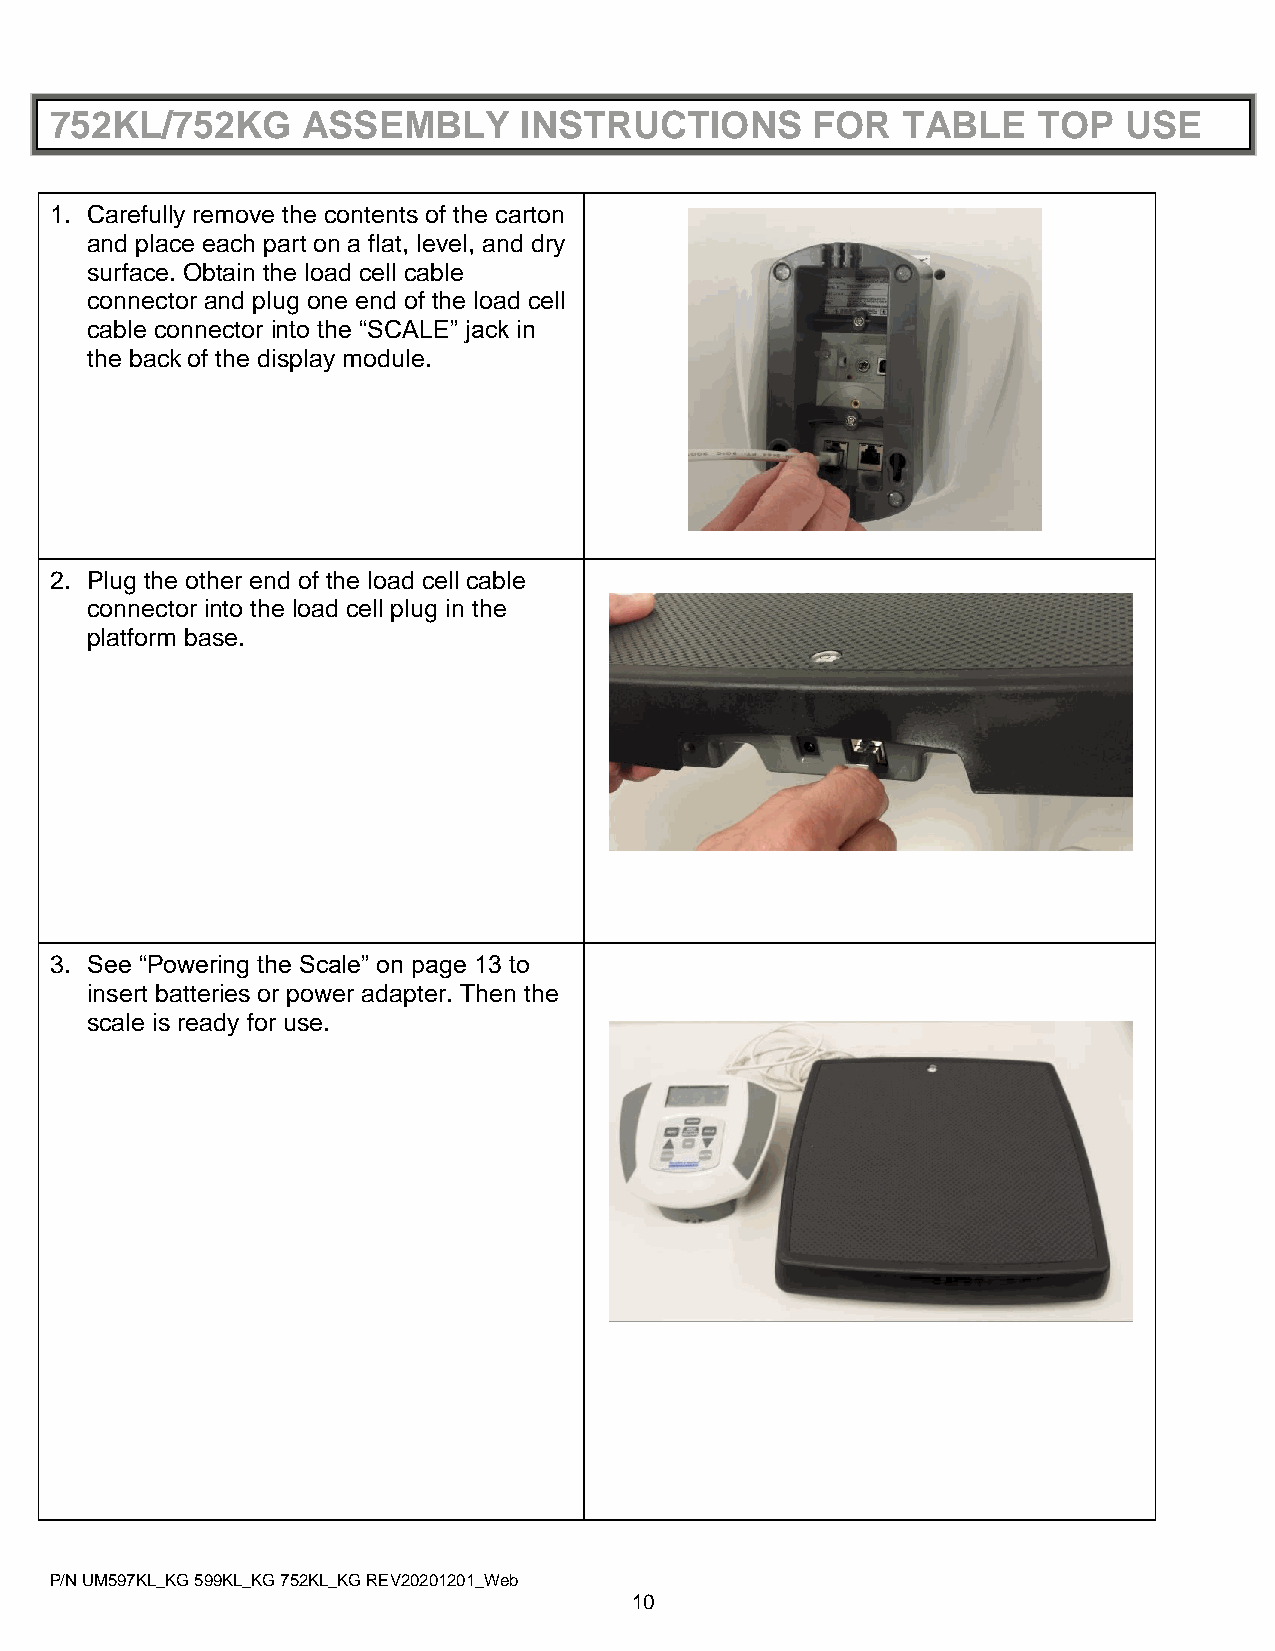
752KL/752KG      ASSEMBLY      INSTRUCTIONS        FOR   TABLE    TOP  USE
 1. Carefully remove the contents of the carton
 and place each part on a flat, level, and dry
 surface. Obtain the load cell cable
 connector and plug one end of the load cell
 cable connector into the “SCALE” jack in
 the back of the display module.
 2. Plug the other end of the load cell cable
 connector into the load cell plug in the
 platform base.
 3. See “Powering the Scale” on page 13 to
 insert batteries or power adapter. Then the
 scale is ready for use.
 P/N UM597KL_KG 599KL_KG 752KL_KG REV20201201_Web
 10